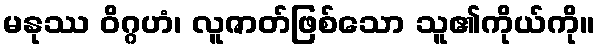
မနုဿ ဝိဂ္ဂဟံ၊ လူဇာတ်ဖြစ်သော သူ၏ကိုယ်ကို။